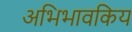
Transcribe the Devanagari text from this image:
अभिभावकिय